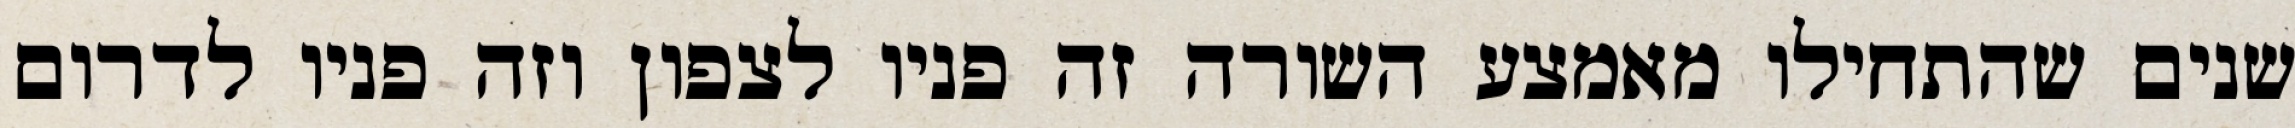
שנים שהתחילו מאמצע השורה זה פניו לצפון וזה פניו לדרום